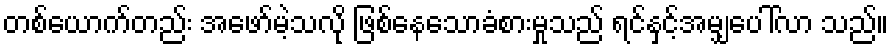
တစ်ယောက်တည်း အဖော်မဲ့သလို ဖြစ်နေသောခံစားမှုသည် ရင်နှင့်အမျှပေါ်လာ သည်။